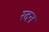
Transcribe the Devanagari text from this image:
रदन